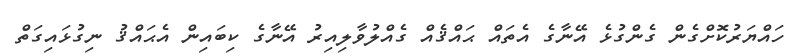
ހައްޔަރުކޮށްގެން ގެންގުޅެ އޭނާގެ އެތައް ޙައްޤެއް ގެއްލުވާލިއިރު އޭނާގެ ކިބައިން އެޙައްޤު ނިގުޅައިގަތް